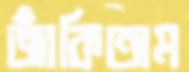
জাঁকিতাম